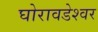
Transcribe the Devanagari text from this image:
घोरावडेश्वर